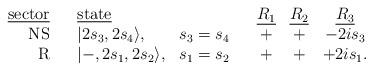
LaTeX: \begin{align*}\begin{array}{r c l l c c c c}\mbox{\underline{sector}}&{}&\mbox{\underline{state}}&{}&{}&\mbox{\underline{$R_1$}}&\mbox{\underline{$R_2$}}&\mbox{\underline{$R_3$}} \\\mbox{NS}&{}&|2s_3,2s_4\rangle,&s_3=s_4&{}&+&+&-2is_3\\\mbox{R}&{}&|-,2s_1,2s_2\rangle,&s_1=s_2&{}&+&+&+2is_1.\\\end{array}\end{align*}